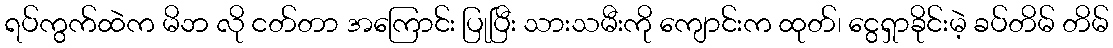
ရပ်ကွက်ထဲက မိဘ လို ငတ်တာ အကြောင်း ပြုပြီး သားသမီးကို ကျောင်းက ထုတ်၊ ငွေရှာခိုင်းမဲ့ ခပ်တိမ် တိမ်